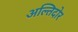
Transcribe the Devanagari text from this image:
अल्तिदोर